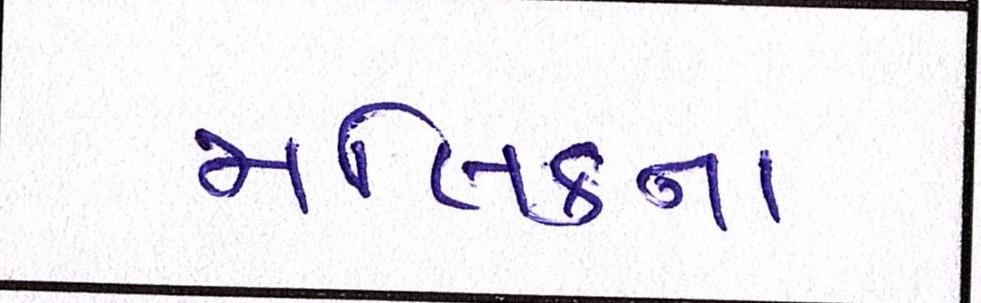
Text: મલિકના